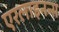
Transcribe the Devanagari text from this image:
एरलाइनन्स